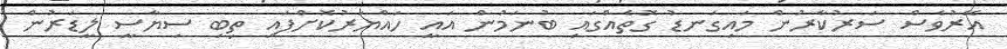
އޭރުވެސް ސަރުކާރުން މައިގަނޑު ގޮތެއްގައި ބުނަމުން އައީ ހައްޔަރުކޮށްފައި ތިބި ސިޔާސީ ލީޑަރުން